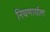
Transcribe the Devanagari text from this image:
निघणार्याल